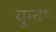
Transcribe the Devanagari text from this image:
युन्दम